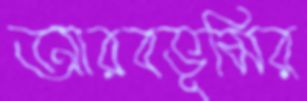
আরবভূমির